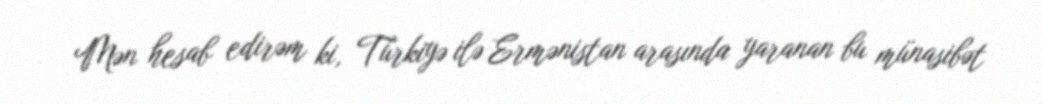
Mən hesab edirəm ki, Türkiyə ilə Ermənistan arasında yaranan bu münasibət